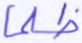
ظلما